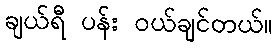
ချယ်ရီ ပန်း ဝယ်ချင်တယ်။